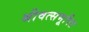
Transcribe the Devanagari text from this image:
श्रीवत्सभूषित